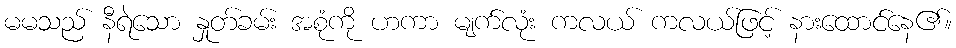
မမသည် နီရဲသော နှုတ်ခမ်း အစုံကို ဟကာ မျက်လုံး ကလယ် ကလယ်ဖြင့် နားထောင်နေ၏။